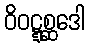
ဝိဝဋ္ဋစ္ဆဒေါ